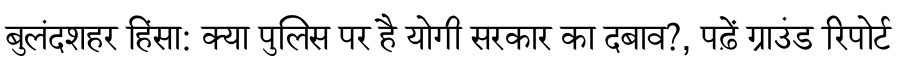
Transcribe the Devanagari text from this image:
बुलंदशहर हिंसा: क्या पुलिस पर है योगी सरकार का दबाव?, पढ़ें ग्राउंड रिपोर्ट